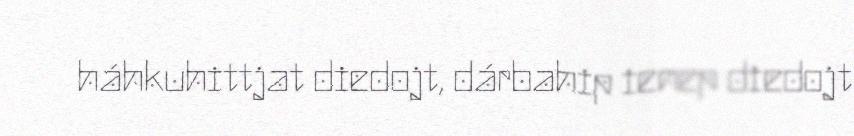
háhkuhittjat diedojt, dárbahip ienep diedojt